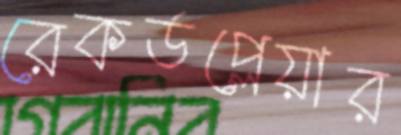
রেকর্ডপ্লেয়ার